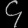
Digit: ၄